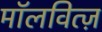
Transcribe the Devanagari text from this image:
मॉलवित्ज़